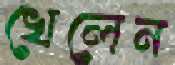
খেলেন